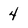
Character: 4